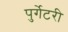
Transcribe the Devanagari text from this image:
पुर्गेटरी